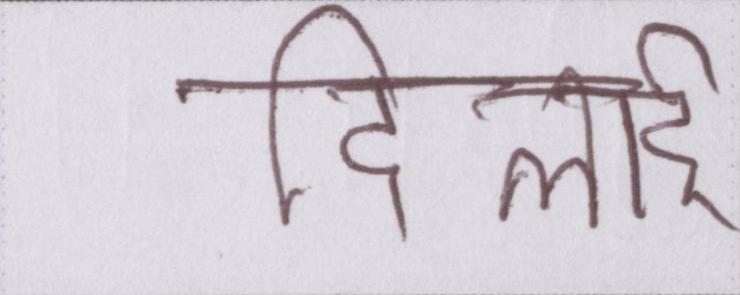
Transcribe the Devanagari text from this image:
दिलाई